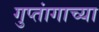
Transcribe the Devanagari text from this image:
गुप्तांगाच्या